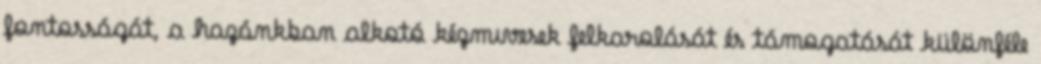
fontosságát, a hazánkban alkotó kézmıvesek felkarolását és támogatását különféle